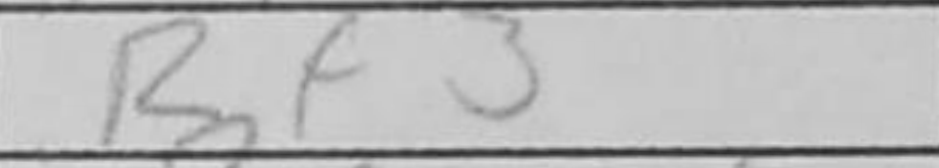
Transcription: Bf3